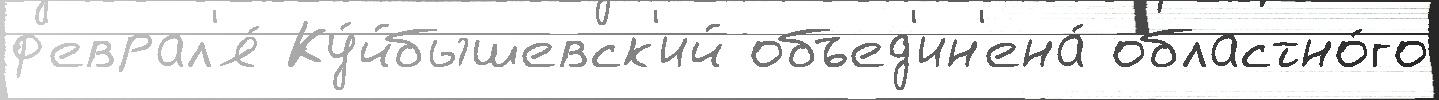
ф'еврал'я́ Ку́йбышевск'ий объед'ин'ена́ областно́го